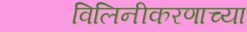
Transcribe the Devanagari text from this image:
विलिनीकरणाच्या